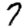
Digit: 7